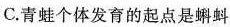
C.青蛙个体发育的起点是蝌蚪